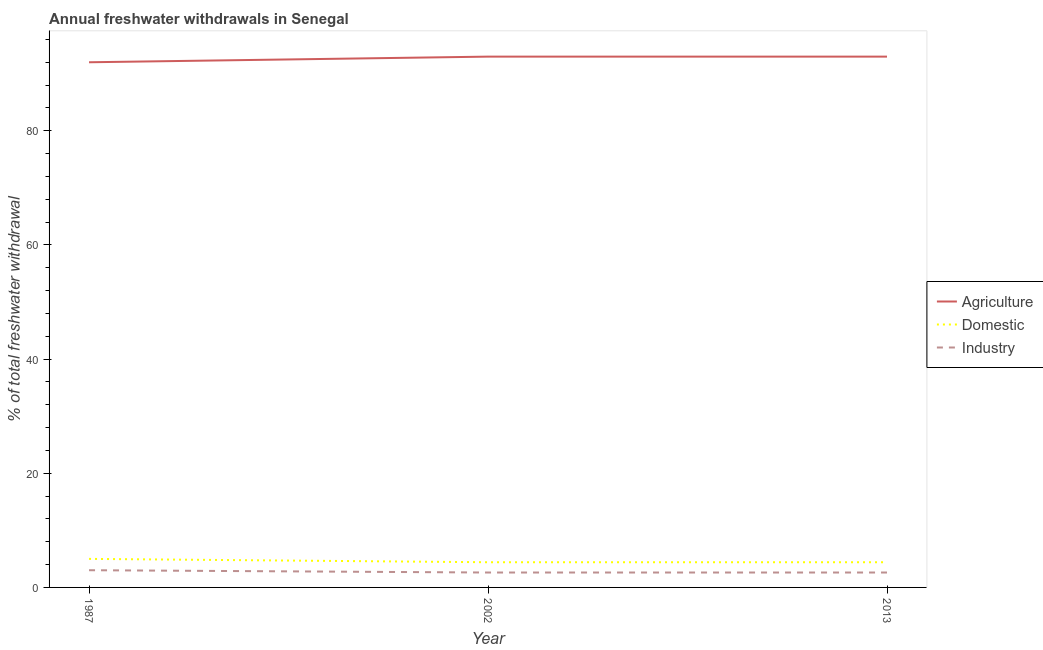
| Year | Agriculture | Domestic | Industry |
 | --- | --- | --- | --- |
 | 1987 | 92 | 5 | 3.02 |
 | 2002 | 93 | 4.41 | 2.61 |
 | 2013 | 93 | 4.41 | 2.61 |